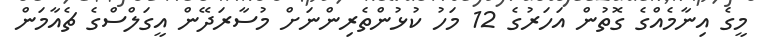
މީގެ އިނާމެއްގެ ގޮތުން އަހަރުގެ 12 މަހު ކުޅުންތެރިންނަށް މުސާރަދޭން އީގަލްސްގެ ޗެއާމަން